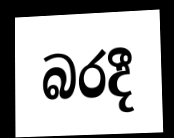
බරදී